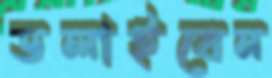
ডলাইবেন